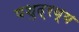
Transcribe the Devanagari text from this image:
पशुद्रव्य